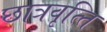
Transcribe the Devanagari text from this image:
छात्रवृत्‍ति